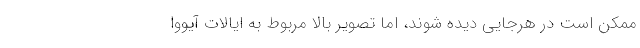
ممکن است در هرجایی دیده شوند، اما تصویر بالا مربوط به ایالات آیووا